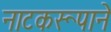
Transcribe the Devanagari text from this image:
नाटकरूपाने